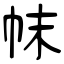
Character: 帓